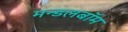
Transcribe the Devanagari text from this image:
मन्डलबॉम